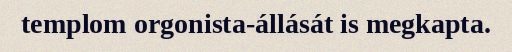
templom orgonista-állását is megkapta.